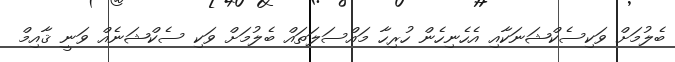
ބެލުމަށް ވަކިސެކްޝަނަކާއި އެހެނިހެން ހުރިހާ މައްސަލަތައް ބެލުމަށް ވަކި ސެކްޝަނެއް ވަނީ ޤާއިމް